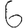
Digit: 6